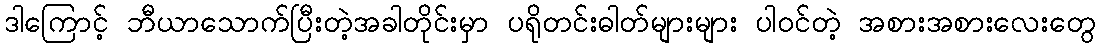
ဒါကြောင့် ဘီယာသောက်ပြီးတဲ့အခါတိုင်းမှာ ပရိုတင်းဓါတ်များများ ပါဝင်တဲ့ အစားအစားလေးတွေ